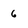
Character: 6